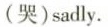
(哭)sadly.